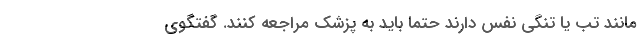
مانند تب یا تنگی نفس دارند حتما باید به پزشک مراجعه کنند. گفتگوی